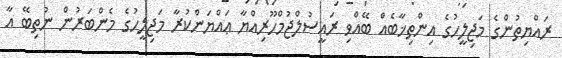
ރައްޔިތުންގެ މަޖިލީހުގެ އިންތިޚާބެއް ބޭއްވި ރައީސުލްޖުމްހޫރިއްޔާ ޢައްޔަންކުރާ މަޖިލީހުގެ މެންބަރުން ނުތިބޭ އާ